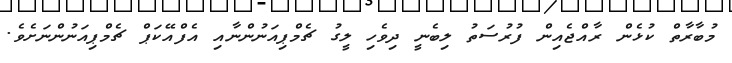
މުބާރާތް ކުޅެން ރާއްޖެއިން ފުރުސަތު ލިބެނީ ދިވެހި ލީގު ޗެމްޕިއަނުންނާއި އެފްއޭކަޕް ޗެމްޕިއަނުންނަށެވެ.